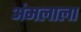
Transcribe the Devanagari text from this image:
अंमलाला